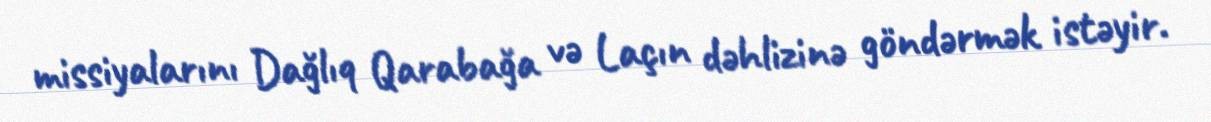
missiyalarını Dağlıq Qarabağa və Laçın dəhlizinə göndərmək istəyir.